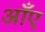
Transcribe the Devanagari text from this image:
आँए